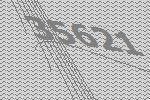
35621